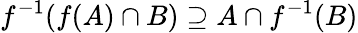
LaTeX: f^{-1}(f(A)\cap B)\supseteq A\cap f^{-1}(B)